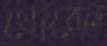
ঘোরেন